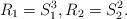
LaTeX: \begin{align*}R_1=S^3_1,R_2=S^2_2.\end{align*}